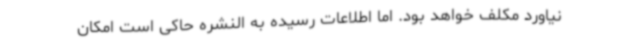
نیاورد مکلف خواهد بود. اما اطلاعات رسیده به النشره حاکی است امکان